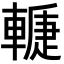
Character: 𨎉